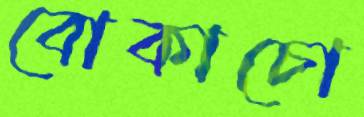
বোকাচো